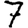
Digit: 7